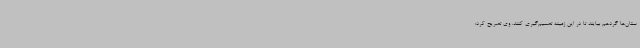
ستان‌ها گردهم بیایند تا در این زمینه تصمیم‌گیری کنند. وی تصریح کرد: